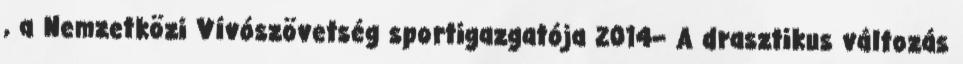
, a Nemzetközi Vívószövetség sportigazgatója 2014– A drasztikus változás